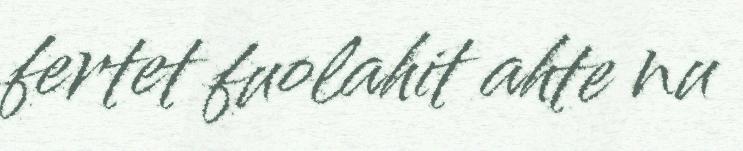
fertet fuolahit ahte nu